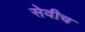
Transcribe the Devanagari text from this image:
सेवीच